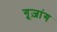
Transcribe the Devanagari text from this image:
गूज़ांग